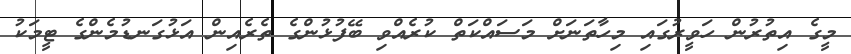
މީގެ އިތުރުން ހަވީރުގައި މިހާތަނަށް މަސައްކަތް ކުރެއްވި ބޭފުޅުންގެ ތެރެއިން އަޅުގަނޑުމެންގެ ޓީމަކު